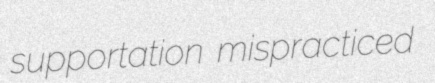
supportation mispracticed